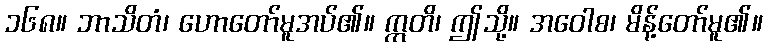
၁၆၈။ ဘာသိတံ၊ ဟောတော်မူအပ်၏။ ဣတိ၊ ဤသို့။ အဝေါစ၊ မိန့်တော်မူ၏။